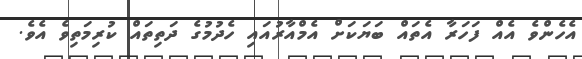
އެހެންވެ އެއް ފަހަރާ އެތައް ބަޔަކަށް އެމްއާރުއައި ހެދުމުގެ ދަތިތައް ކުރިމަތިވެ އެވެ.